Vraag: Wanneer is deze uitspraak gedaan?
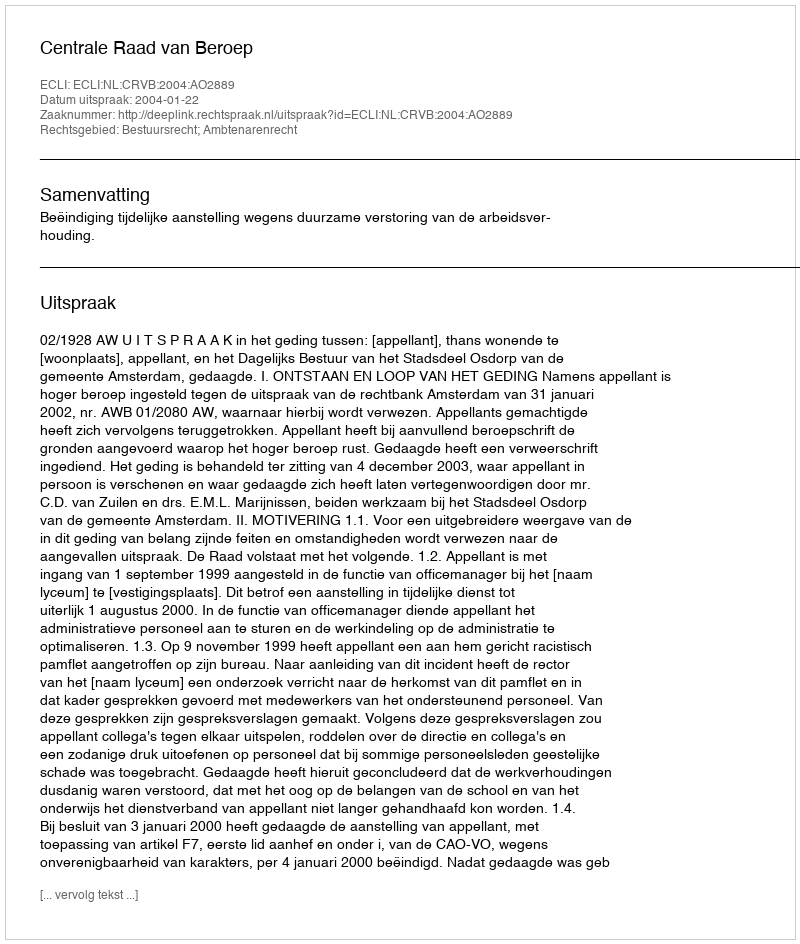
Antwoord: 2004-01-22